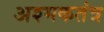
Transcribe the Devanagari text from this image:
अश्मकतंत्र